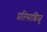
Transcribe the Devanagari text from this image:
प्रतिसाद्मिळू